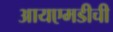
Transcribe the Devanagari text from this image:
आयएमडीची